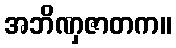
အဘိဏှဇာတက။